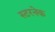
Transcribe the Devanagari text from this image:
स्टरनेक